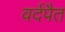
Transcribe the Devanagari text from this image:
वर्दपैत